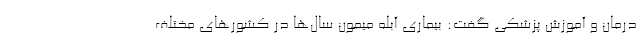
درمان و آموزش پزشکی گفت: بیماری آبله میمون سال‌ها در کشور‌های مختلف